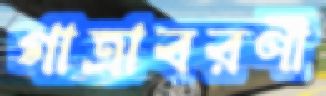
গাত্রাবরণী